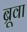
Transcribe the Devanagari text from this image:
ब्रूवा